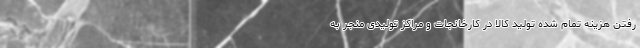
رفتن هزینه تمام شده تولید کالا در کارخانجات و مراکز تولیدی منجر به